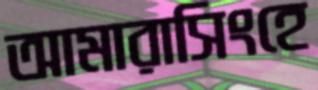
আমারাসিংহে